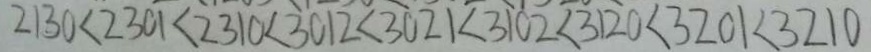
2 1 3 0 < 2 3 0 1 < 2 3 1 0 < 3 0 1 2 < 3 0 2 1 < 3 1 0 2 < 3 1 2 0 < 3 2 0 1 < 3 2 1 0